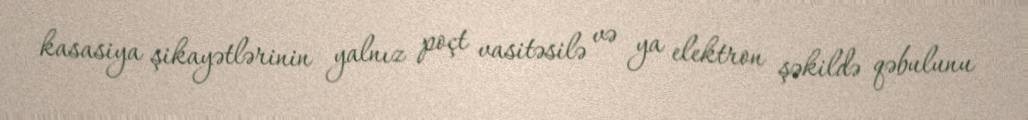
kasasiya şikayətlərinin yalnız poçt vasitəsilə və ya elektron şəkildə qəbulunu